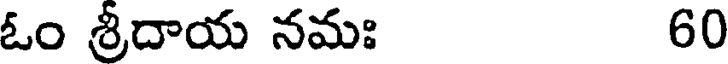
ఓం శ్రీదాయ నమః 60